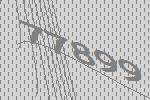
77899